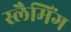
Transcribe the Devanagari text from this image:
स्लैमिंग